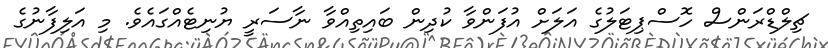
ޗިލްޑްރަންސް ހޮސްޕިޓަލުގެ އަލަށް އުފަންވާ ކުދިން ބައިތިއްވާ ނާސަރީ ޔުނިޓެއްގައެވެ. މި އަލިފާނުގެ